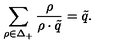
\sum _ { \rho \in \Delta _ { + } } { \frac { \rho } { \rho \cdot \tilde { q } } } = \tilde { q } .